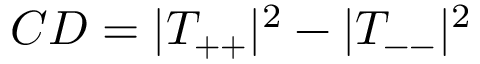
C D = | T _ { + + } | ^ { 2 } - | T _ { -- } | ^ { 2 }